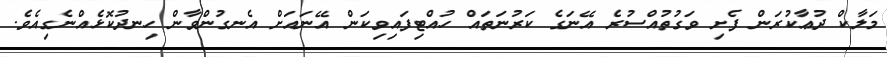
މަލާކް ދުޢާކުރަން ފެށި ވަގުތުއްސުރެ އޭނަގެ ކަރުނަތައް ހުއްޓިފައިވިކަން އޭނައަށް އެނގުންވާން ހިނދުކޮޅެއްނެގިއެވެ.